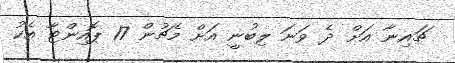
ޗައިނާ އަށް ދެ ވަނަ ލިބުނީ އަށް މެޗުން 17 ޕޮއިންޓާ އެކު